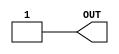
module GP_VDD(output OUT);
       assign OUT = 1;
endmodule